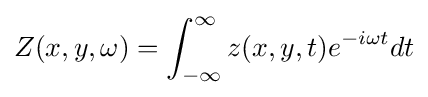
Z(x,y,\omega )=\int _{-\infty }^{\infty }z(x,y,t)e^{-i\omega t}dt